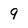
Character: 9